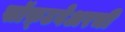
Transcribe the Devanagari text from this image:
सॉफ़्टवेअरची